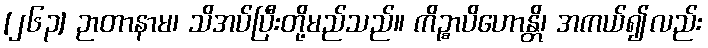
[၂၆၃] ဉာတာနာမ၊ သိအပ်ပြီးတို့မည်သည်။ ကိဉ္စာပိဟောန္တိ၊ အကယ်၍လည်း